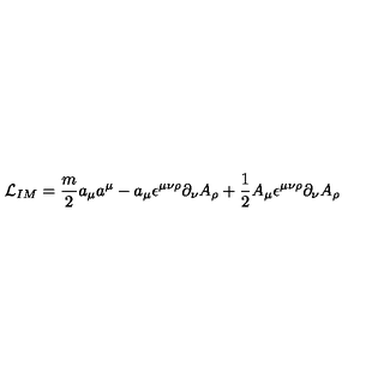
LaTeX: { \cal L } _ { I M } = { \frac { m } { 2 } } a _ { \mu } a ^ { \mu } - a _ { \mu } \epsilon ^ { \mu \nu \rho } \partial _ { \nu } A _ { \rho } + { \frac { 1 } { 2 } } A _ { \mu } \epsilon ^ { \mu \nu \rho } \partial _ { \nu } A _ { \rho }